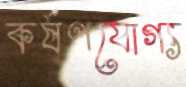
কর্ষণযোগ্য